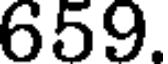
659.